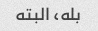
بله، البته